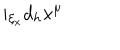
LaTeX: i _ { \xi _ { x } } d _ { h } x ^ { \mu }